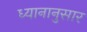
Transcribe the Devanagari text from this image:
ध्यानानुसार